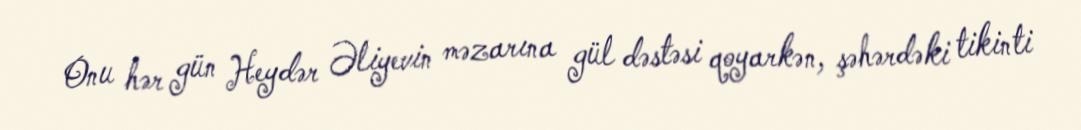
Onu hər gün Heydər Əliyevin məzarına gül dəstəsi qoyarkən, şəhərdəki tikinti